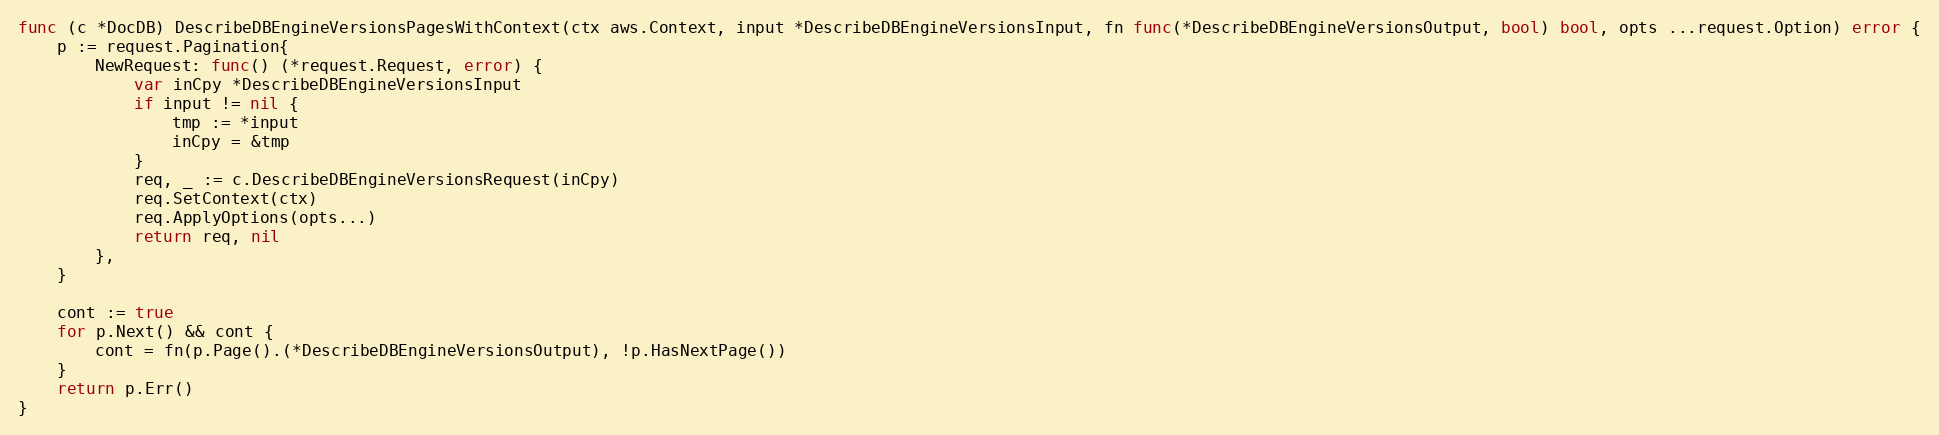
Language: Go
func (c *DocDB) DescribeDBEngineVersionsPagesWithContext(ctx aws.Context, input *DescribeDBEngineVersionsInput, fn func(*DescribeDBEngineVersionsOutput, bool) bool, opts ...request.Option) error {
	p := request.Pagination{
		NewRequest: func() (*request.Request, error) {
			var inCpy *DescribeDBEngineVersionsInput
			if input != nil {
				tmp := *input
				inCpy = &tmp
			}
			req, _ := c.DescribeDBEngineVersionsRequest(inCpy)
			req.SetContext(ctx)
			req.ApplyOptions(opts...)
			return req, nil
		},
	}

	cont := true
	for p.Next() && cont {
		cont = fn(p.Page().(*DescribeDBEngineVersionsOutput), !p.HasNextPage())
	}
	return p.Err()
}